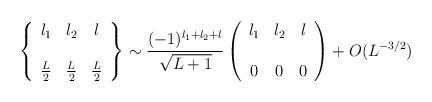
LaTeX: \begin{align*}\left\{\begin{array}{ccc} l_1 & l_2&l\\ {} & {} & \\{L\over2}&{L\over 2}&{L\over 2}\end{array} \right\}\sim{(-1)^{l_1+l_2+l}\over\sqrt{L+1}}\left(\begin{array}{ccc} l_1 & l_2&l\\ {} & {} & \\0&0&0\end{array}\right) + O(L^{-3/2})\end{align*}